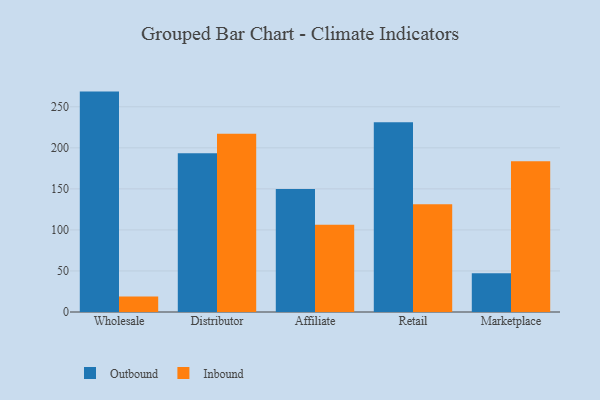
{"axis": {"x": "Channel", "y": "Website Visitors"}, "legend": ["Inbound", "Outbound"], "data": [{"x": "Wholesale", "y": 268.5, "type": "Outbound"}, {"x": "Wholesale", "y": 19.0, "type": "Inbound"}, {"x": "Distributor", "y": 193.4, "type": "Outbound"}, {"x": "Distributor", "y": 217.0, "type": "Inbound"}, {"x": "Affiliate", "y": 149.7, "type": "Outbound"}, {"x": "Affiliate", "y": 106.2, "type": "Inbound"}, {"x": "Retail", "y": 231.2, "type": "Outbound"}, {"x": "Retail", "y": 131.4, "type": "Inbound"}, {"x": "Marketplace", "y": 47.3, "type": "Outbound"}, {"x": "Marketplace", "y": 183.8, "type": "Inbound"}]}